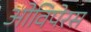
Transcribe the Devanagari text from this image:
ओविपेरस